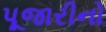
પૂજારીનો